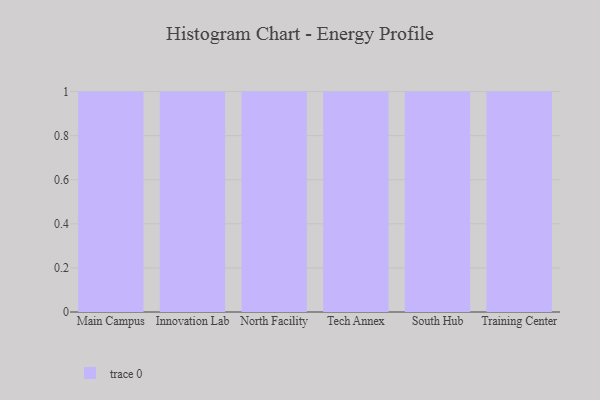
{"axis": {"x": "Campus", "y": "Humidity (%)"}, "legend": [""], "data": [{"x": "Main Campus", "y": 82, "type": ""}, {"x": "Innovation Lab", "y": 23, "type": ""}, {"x": "North Facility", "y": 55, "type": ""}, {"x": "Tech Annex", "y": 4, "type": ""}, {"x": "South Hub", "y": 79, "type": ""}, {"x": "Training Center", "y": 50, "type": ""}]}